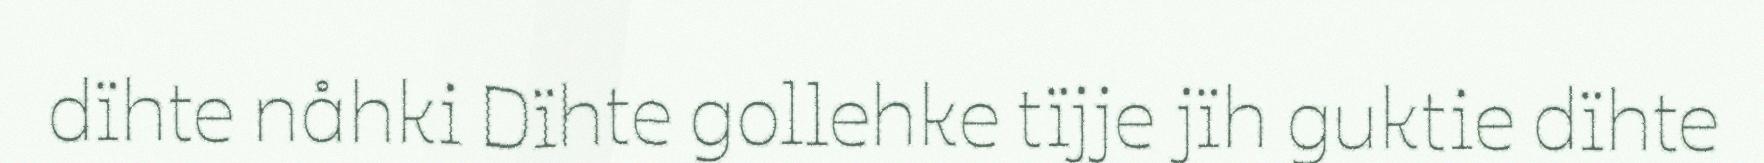
dïhte nåhki Dïhte gollehke tïjje jïh guktie dïhte